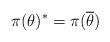
LaTeX: \begin{align*}\pi(\theta)^*=\pi(\overline{\theta})\end{align*}